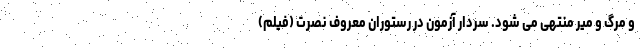
و مرگ و میر منتهی می شود. سردار آزمون در رستوران معروف نصرت (فیلم)